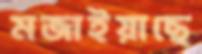
মজাইয়াছে